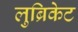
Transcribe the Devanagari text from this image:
लुब्रिकेट